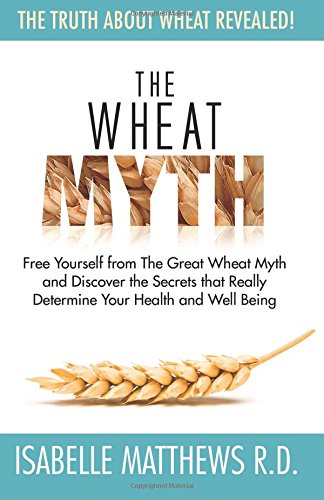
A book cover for The Wheat Myth: Free Yourself from 'The Great Wheat Myth' and Discover the Secrets That Really Determine Your Health and Well Being; Isabelle Matthews; Health, Fitness & Dieting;